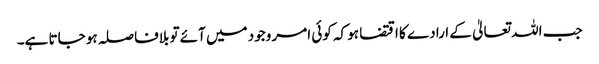
جب اللہ تعالیٰ کے ارادے کا اقتضا ہو کہ کوئی امر وجود میں آئے تو بلافاصلہ ہو جاتا ہے۔